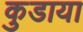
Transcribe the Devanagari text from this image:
कुडाया